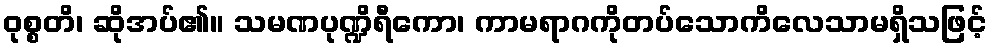
ဝုစ္စတိ၊ ဆိုအပ်၏။ သမဏပုဏ္ဍိရီကော၊ ကာမရာဂကိုတပ်သောကိလေသာမရှိသဖြင့်